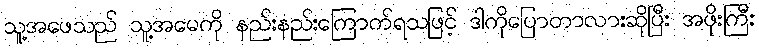
သူ့အဖေသည် သူ့အမေကို နည်းနည်းကြောက်ရသဖြင့် ဒါကိုပြောတာလားဆိုပြီး အဖိုးကြီး